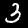
Label: 3